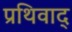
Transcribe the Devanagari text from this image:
प्रथिवाद्